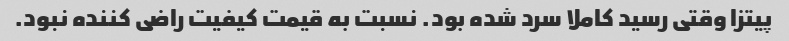
پیتزا وقتی رسید کاملا سرد شده بود. نسبت به قیمت کیفیت راضی کننده نبود.